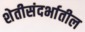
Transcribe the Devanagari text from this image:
शेतीसंदर्भातील